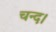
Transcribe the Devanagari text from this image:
चन्‍द।